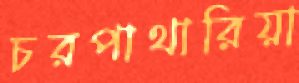
চরপাথারিয়া